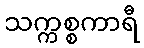
သက္ကစ္စကာရီ